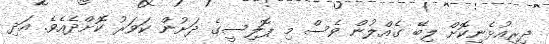
ދިރިއުޅެނިކޮށް ލިބޭ ގެއްލުން ވެސް މި ޕޮލިސީގެ ދަށުން ކަވަރު ކޮށްދެއެވެ. އަދި